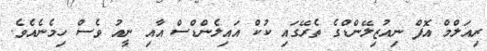
ރިއަލްމް އޮފް ނިއުޒިލޭންޑްގެ ތެރޭގައި ކުކް އައިލެންޑްސް އާއި ނީއު ވެސް ހިމެނެއެވެ.